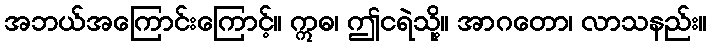
အဘယ်အကြောင်းကြောင့်။ ဣဓ၊ ဤငရဲသို့။ အာဂတော၊ လာသနည်း။